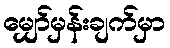
မျှော်မှန်းချက်မှာ